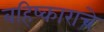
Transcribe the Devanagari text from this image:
बहिष्काराचे